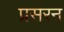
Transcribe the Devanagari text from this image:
प्रसरन